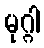
မုဂ္ဂါ